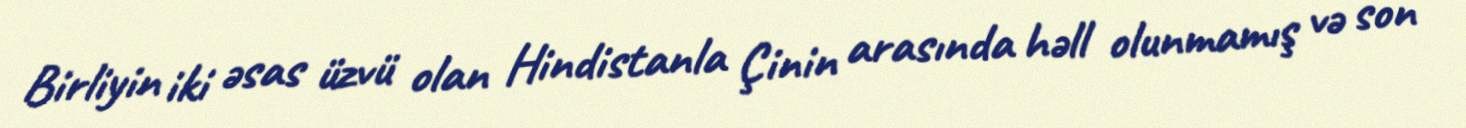
Birliyin iki əsas üzvü olan Hindistanla Çinin arasında həll olunmamış və son